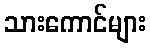
သားကောင်များ